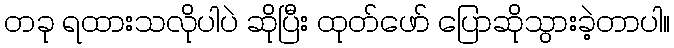
တခု ရထားသလိုပါပဲ ဆိုပြီး ထုတ်ဖော် ပြောဆိုသွားခဲ့တာပါ။